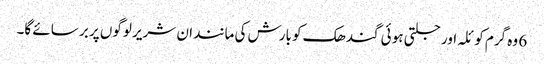
6 وہ گرم کو ئلہ اور جلتی ہو ئی گندھک کو بارش کی مانند ان شریر لوگوں پر بر سائے گا۔